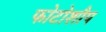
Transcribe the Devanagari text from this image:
फोटोशौप